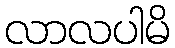
လာလပါမိ